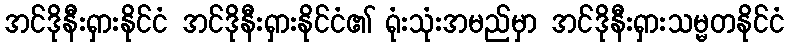
အင်ဒိုနီးရှားနိုင်ငံ အင်ဒိုနီးရှားနိုင်ငံ၏ ရုံးသုံးအမည်မှာ အင်ဒိုနီးရှားသမ္မတနိုင်ငံ